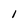
Character: I